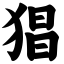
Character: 猖